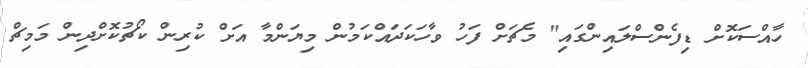
ހާއްސަކޮށް ޑިފެންސްލައިންގައި" މެޗަށް ފަހު ވާހަކަދައްކަމުން މިޔަންމާ އަށް ކުރިން ކޯޗުކޮށްދިން މަމިޗް